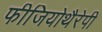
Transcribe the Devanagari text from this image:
फीजियोथैरेपी